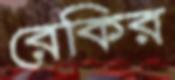
রেকির